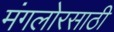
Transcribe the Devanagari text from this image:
मंगलोरसाठी